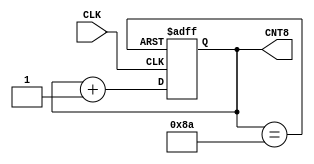
module CNT138T (CLK,CNT8);
    input CLK;
    output [7:0] CNT8;
    reg[7:0]CNT;
    wire LD;
    always @(posedge CLK or posedge LD)
    begin
        if(LD) CNT<=8'b00000000;
        else CNT<=CNT+1;
    end
    assign CNT8=CNT;
    assign LD=(CNT==138);
endmodule